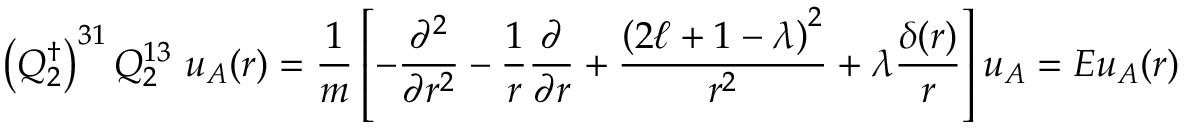
\left( Q _ { 2 } ^ { \dagger } \right) ^ { 3 1 } Q _ { 2 } ^ { 1 3 } \ u _ { A } ( { r } ) = { \frac { 1 } { m } } \left[ - { \frac { \partial ^ { 2 } } { \partial r ^ { 2 } } } - { \frac { 1 } { r } } { \frac { \partial } { \partial r } } + { \frac { \left( 2 \ell + 1 - \lambda \right) ^ { 2 } } { r ^ { 2 } } } + \lambda { \frac { \delta ( r ) } { r } } \right] u _ { A } = E u _ { A } ( { r } )